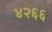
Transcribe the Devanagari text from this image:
४२६६